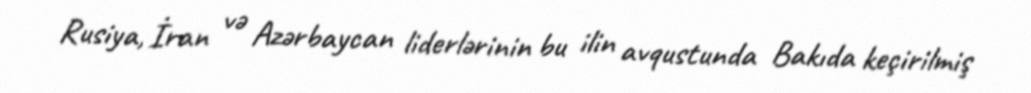
Rusiya, İran və Azərbaycan liderlərinin bu ilin avqustunda Bakıda keçirilmiş